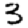
Digit: 3